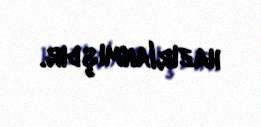
hazırlanmışdır.